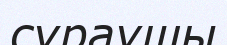
сұраушы